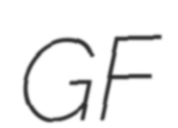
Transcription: GF